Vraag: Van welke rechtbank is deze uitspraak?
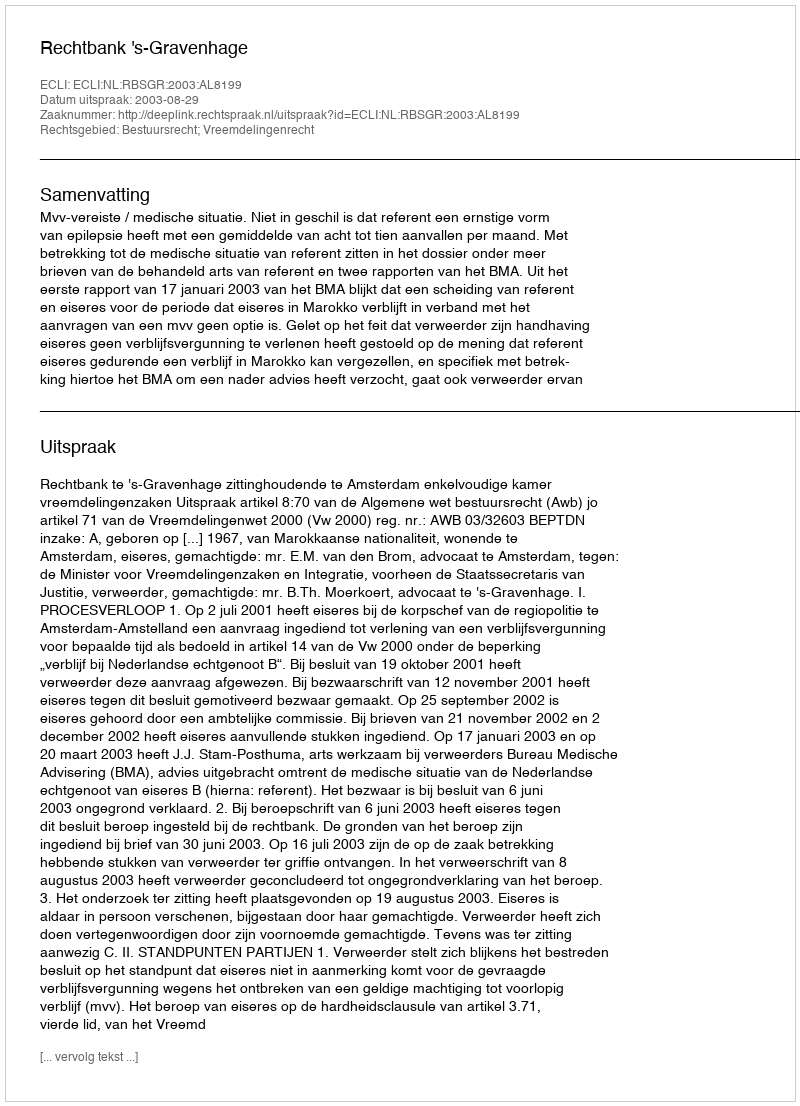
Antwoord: Rechtbank 's-Gravenhage